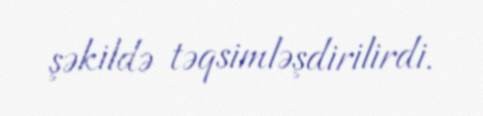
şəkildə təqsimləşdirilirdi.